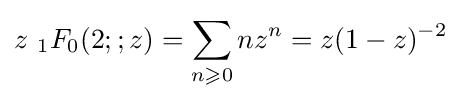
z~{}_{1}F_{0}(2;;z)=\sum _{n\geqslant 0}nz^{n}=z(1-z)^{-2}